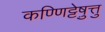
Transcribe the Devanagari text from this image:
कण्णिट्टेषु़त्तु